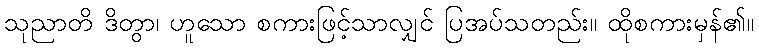
သုညာတိ ဒိတွာ၊ ဟူသော စကားဖြင့်သာလျှင် ပြအပ်သတည်း။ ထိုစကားမှန်၏။